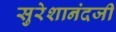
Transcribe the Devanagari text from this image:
सुरेशानंदजी